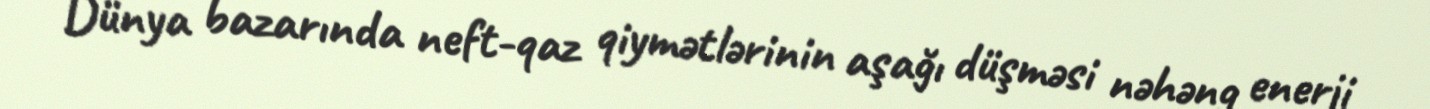
Dünya bazarında neft-qaz qiymətlərinin aşağı düşməsi nəhəng enerji